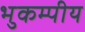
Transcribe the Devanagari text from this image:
भुकम्पीय